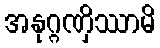
အနုဂ္ဂဏှိဿာမိ